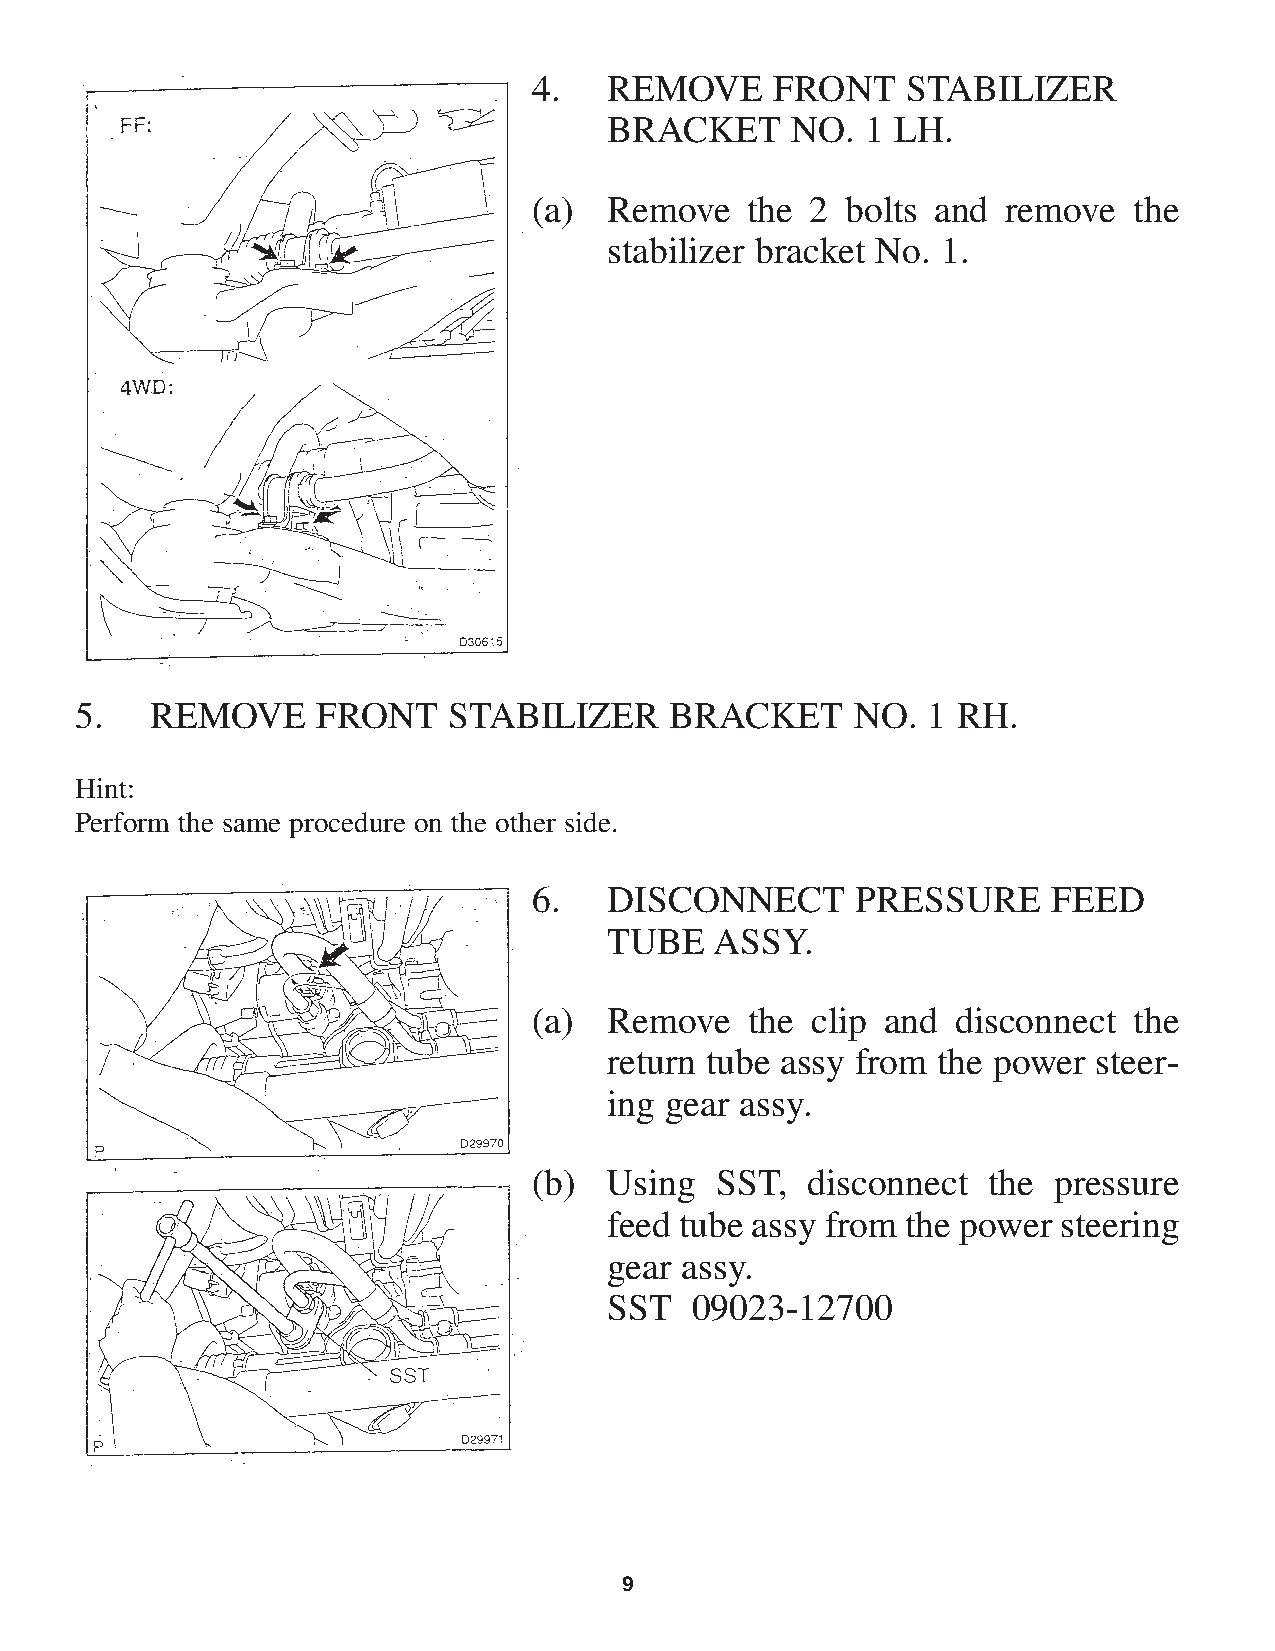
4.   REMOVE     FRONT    STABILIZER
 BRACKET     NO.  1 LH.
 (a)  Remove    the 2 bolts and  remove  the
 stabilizer bracket No. 1.
 5.   REMOVE     FRONT    STABILIZER    BRACKET      NO. 1 RH.
 Hint:
 Perform the same procedure on the other side.
 6.   DISCONNECT       PRESSURE     FEED
 TUBE   ASSY.
 (a)  Remove    the clip and disconnect  the
 return tube assy from the power  steer-
 ing gear assy.
 (b)  Using  SST,   disconnect the  pressure
 feed tube assy from the power steering
 gear assy.
 SST   09023-12700
 9